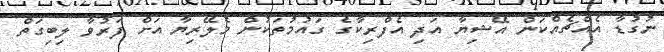
ނުގުޑާ އެއްޗެއްކަން އޭޝިޔާ އަދި އެފްރިކާގެ ގައުމުތަކުން މެލޭރިޔާ އަށް ފަރުވާ ލިބިގަތް